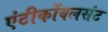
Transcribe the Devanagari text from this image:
एंटीकोंवलसंट